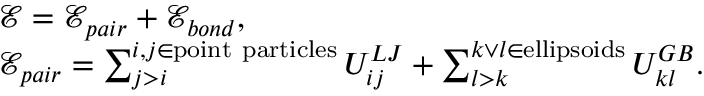
\begin{array} { r l } & { \mathcal { E } = \mathcal { E } _ { p a i r } + \mathcal { E } _ { b o n d } , } \\ & { \mathcal { E } _ { p a i r } = \sum _ { j > i } ^ { i , j \in \mathrm { p o i n t ~ p a r t i c l e s } } U _ { i j } ^ { L J } + \sum _ { l > k } ^ { k \lor l \in \mathrm { e l l i p s o i d s } } U _ { k l } ^ { G B } . } \end{array}